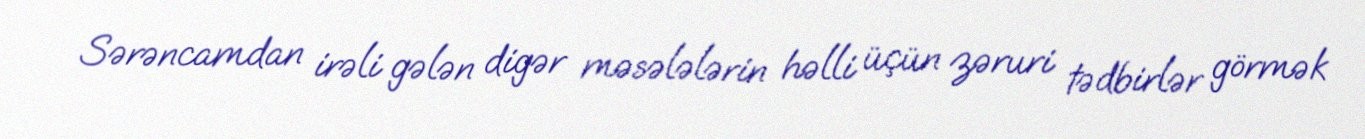
Sərəncamdan irəli gələn digər məsələlərin həlli üçün zəruri tədbirlər görmək